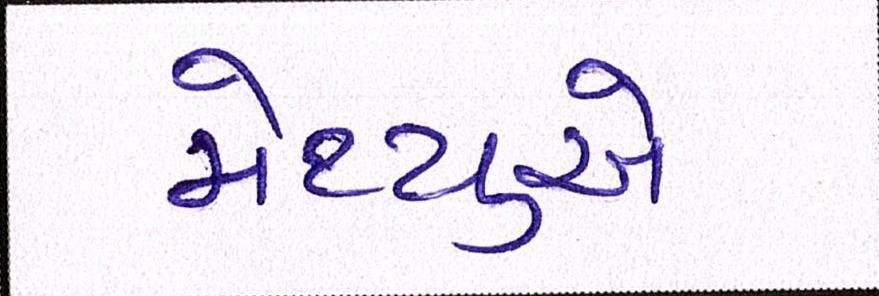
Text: મેથ્યુએ